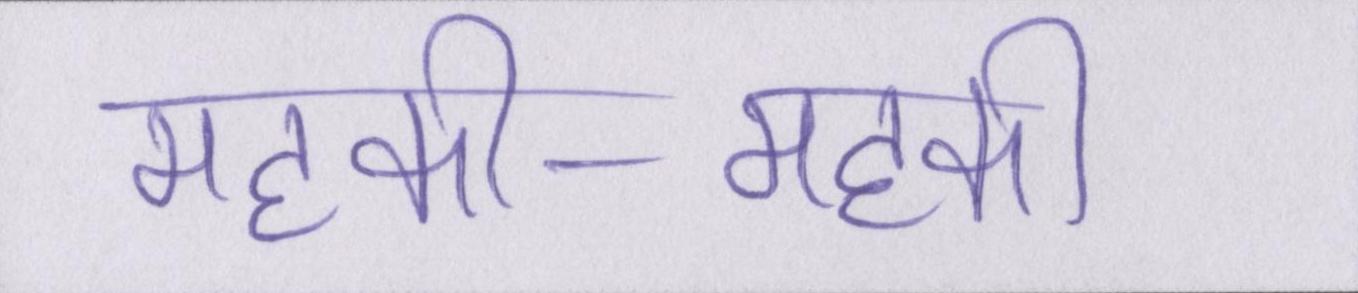
महकी-महकी